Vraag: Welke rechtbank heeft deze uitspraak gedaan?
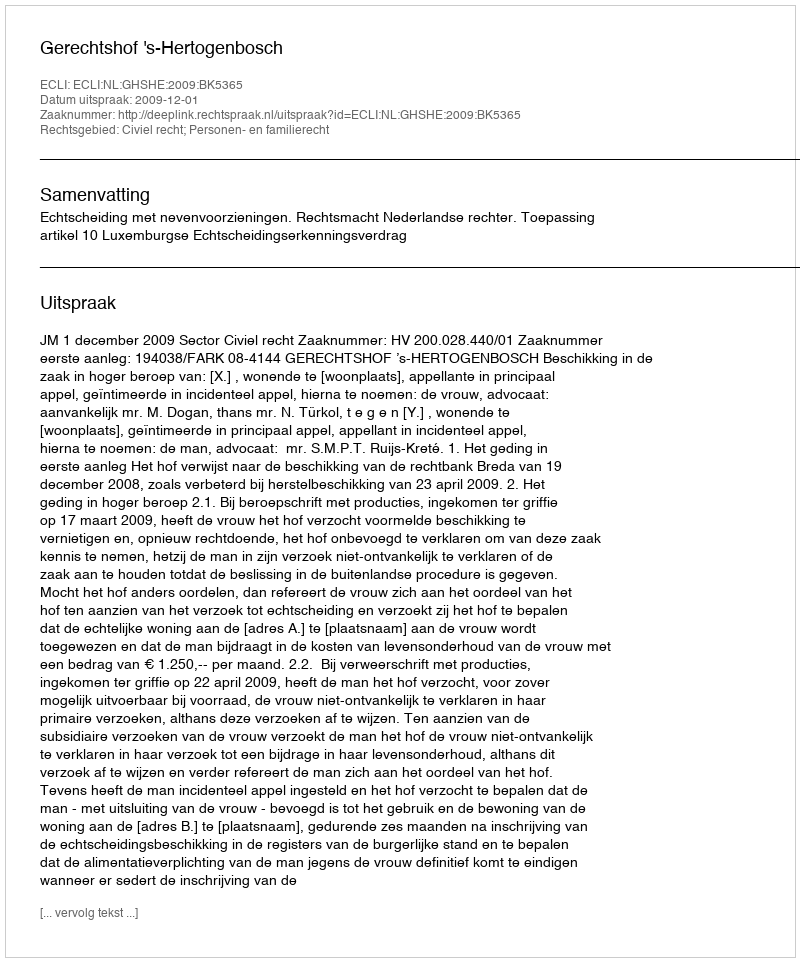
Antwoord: Gerechtshof 's-Hertogenbosch